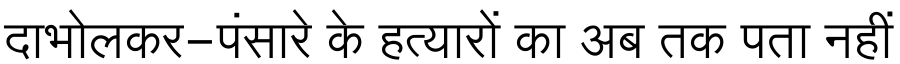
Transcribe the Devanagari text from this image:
दाभोलकर-पंसारे के हत्यारों का अब तक पता नहीं